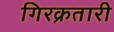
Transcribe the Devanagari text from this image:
गिरक्रतारी